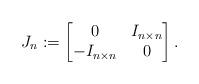
LaTeX: \begin{align*}J_n:=\begin{bmatrix}0 & I_{n\times n}\\-I_{n\times n} & 0\end{bmatrix}.\end{align*}